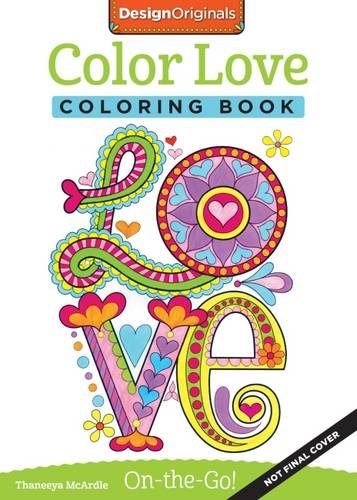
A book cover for Color Love Coloring Book: On-The-Go!; Thaneeya McArdle; Humor & Entertainment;